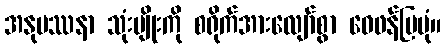
အနုပဿနာ သုံးမျိုးကို စရိုက်အားလျော်စွာ ဝေဖန်ပြပုံ။